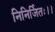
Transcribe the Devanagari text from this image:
निनिर्जितः।।